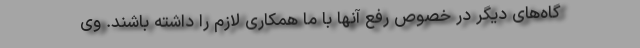
گاه‌های دیگر در خصوص رفع آنها با ما همکاری لازم را داشته باشند. وی